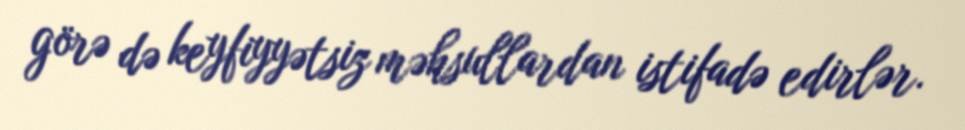
görə də keyfiyyətsiz məhsullardan istifadə edirlər.